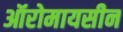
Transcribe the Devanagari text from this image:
ऑरोमायसीन